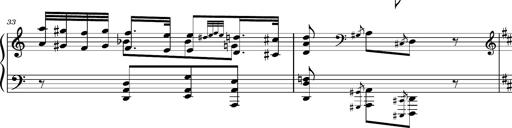
Title: Ungarischer Romanzero
Composer: Franz Liszt